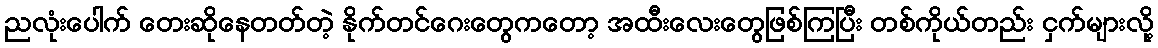
ညလုံးပေါက် တေးဆိုနေတတ်တဲ့ နိုက်တင်ဂေးတွေကတော့ အထီးလေးတွေဖြစ်ကြပြီး တစ်ကိုယ်တည်း ငှက်များလို့